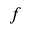
f